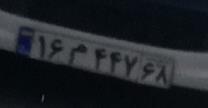
۱۶م۴۴۷۶۸